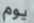
يوم